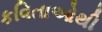
કવિતાઓથી